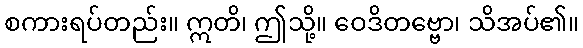
စကားရပ်တည်း။ ဣတိ၊ ဤသို့။ ဝေဒိတဗ္ဗော၊ သိအပ်၏။